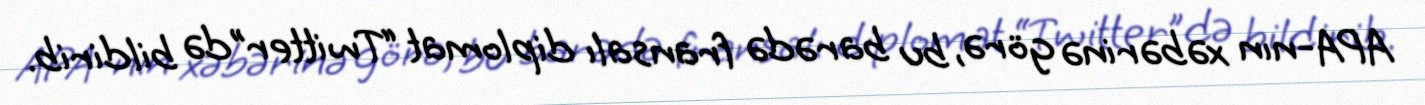
APA-nın xəbərinə görə, bu barədə fransalı diplomat “Twitter”də bildirib.